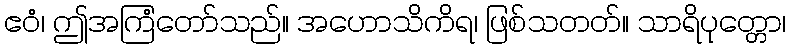
ဧဝံ၊ ဤအကြံတော်သည်။ အဟောသိကိရ၊ ဖြစ်သတတ်။ သာရိပုတ္တော၊